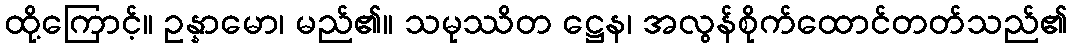
ထို့ကြောင့်။ ဥန္နာမော၊ မည်၏။ သမုဿိတ ဋ္ဌေန၊ အလွန်စိုက်ထောင်တတ်သည်၏